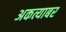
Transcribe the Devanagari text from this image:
अकत्याबर